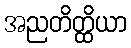
အညတိတ္ထိယာ